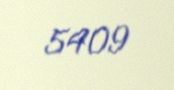
5409